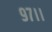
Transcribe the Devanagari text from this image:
९७।।